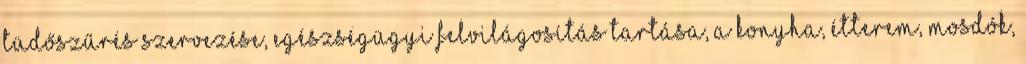
tüdőszűrés szervezése, egészségügyi felvilágosítás tartása, a konyha, étterem, mosdók,